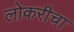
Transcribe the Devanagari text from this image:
लोकरीचा